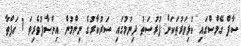
ސާފް ގޭމްސްގައި ކުޅިވަރުތަކަށް ފުރުސަތު ދިނުމުގައި ސަރުކާރުގެ ނިންމުން އިންސާފުވެރިތަ 1 ހަފްތާ